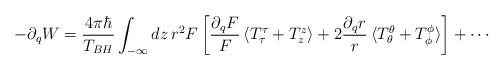
LaTeX: \begin{align*}-\partial_q W = \frac{4\pi \hbar}{T_{BH}}\int_{-\infty} dz\,r^2 F\,\biggl[\frac{\partial_q F}{F}\,\langle T^{\tau}_{\tau}+T^{z}_{z} \rangle+2\frac{\partial_q r}{r}\, \langle T^{\theta}_{\theta}+T^{\phi}_{\phi}\rangle\biggr]+\cdots\end{align*}